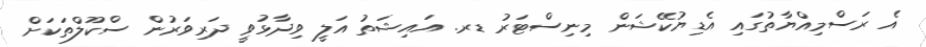
އެ ރަސްމިއްޔާތުގައި އެޑިޔުކޭޝަން މިނިސްޓަރު ޑރ. އައިޝަތު އަލީ ވިދާޅުވީ ދަރިވަރުން ސްކޫލްތަކަށް